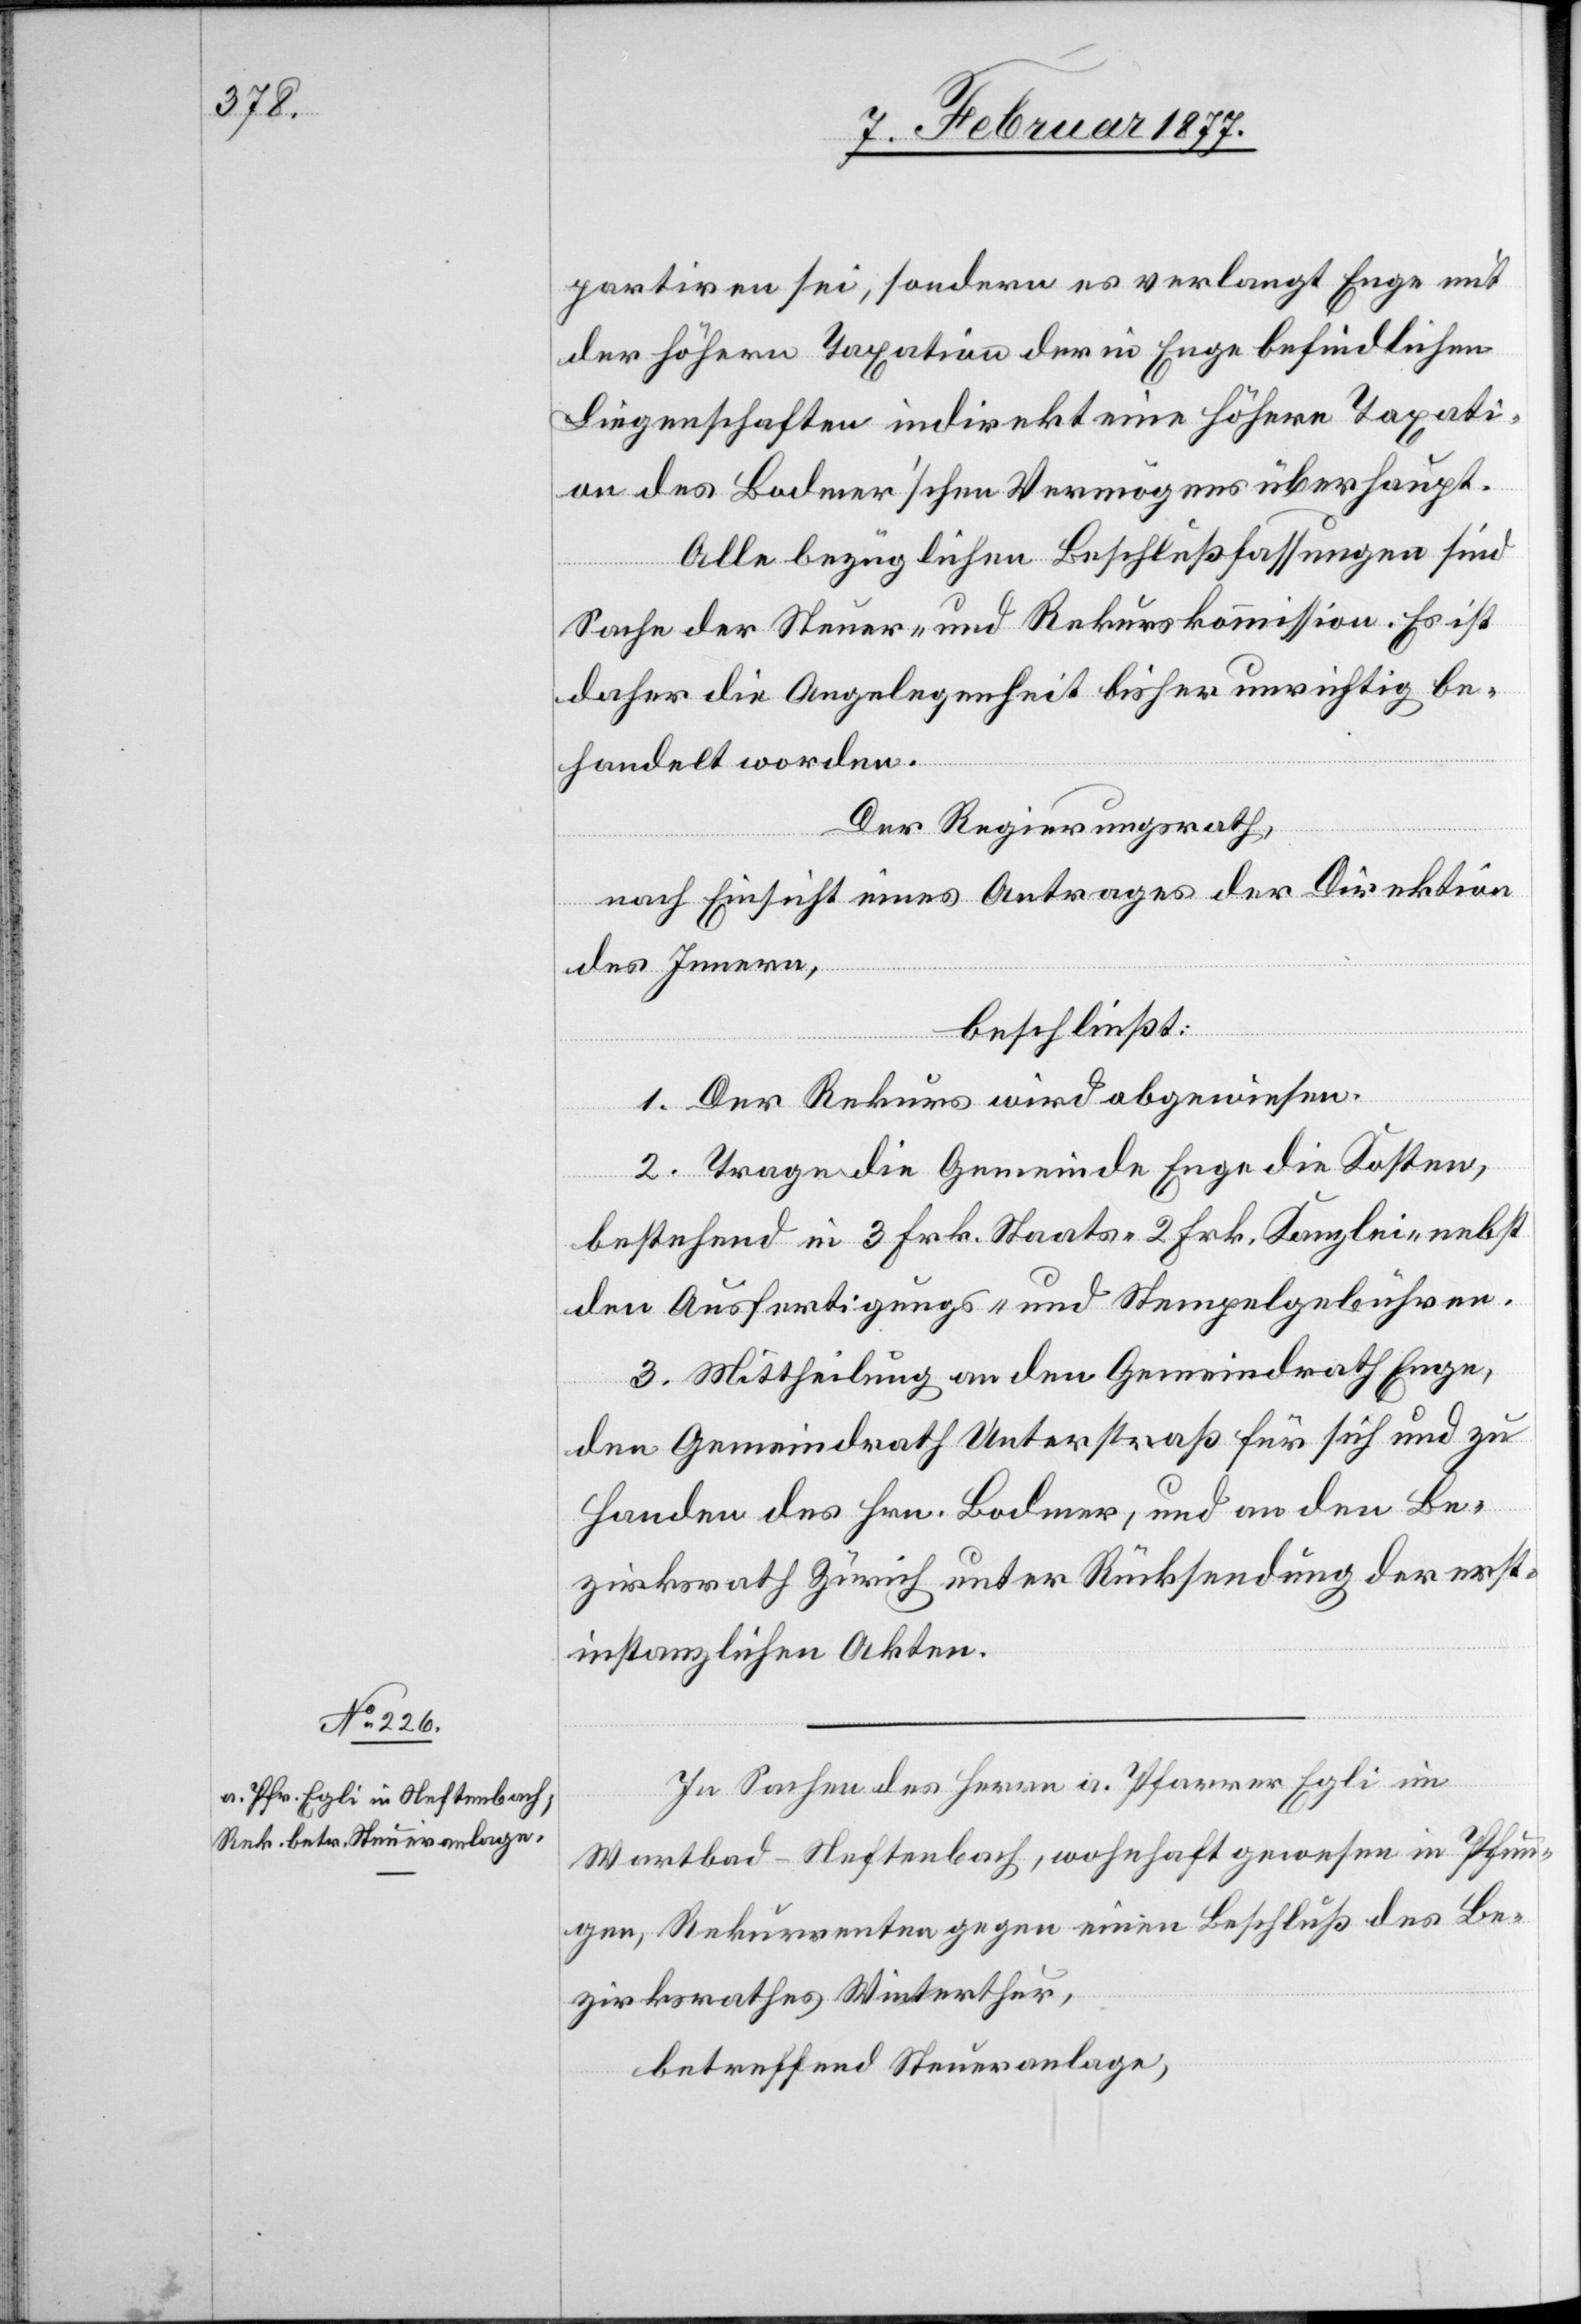
partiren sei, sondern es verlangt Enge mit
der höhern Taxation der in Enge befindlichen
Liegenschaften indirekt eine höhere Taxati¬
on des Bodmer’schen Vermögens überhaupt.
Alle bezüglichen Beschlußfassungen sind
Sache der Steuer- und Rekurskommission. Es ist
daher die Angelegenheit bisher unrichtig be¬
handelt worden.
Der Regierungsrath,
nach Einsicht eines Antrages der Direktion
des Innern,
beschließt:
1. Der Rekurs wird abgewiesen.
2. Trage die Gemeinde Enge die Kosten,
bestehend in 3 Frk. Staats-[,] 2 Frk. Kanzlei- nebst
den Ausfertigungs- und Stempelgebühren.
3. Mittheilung an den Gemeindrath Enge,
den Gemeindrath Unterstraß für sich und zu
Handen des Hrn. Bodmer, und an den Be¬
zirksrath Zürich unter Rücksendung der erst¬
instanzlichen Akten.
In Sachen des Herrn a. Pfarrer Egli im
Wartbad - Neftenbach, wohnhaft in Pfun¬
gen, Rekurrenten gegen einen Beschluß des Be¬
zirksrathes Winterthur,
betreffend Steueranlage,